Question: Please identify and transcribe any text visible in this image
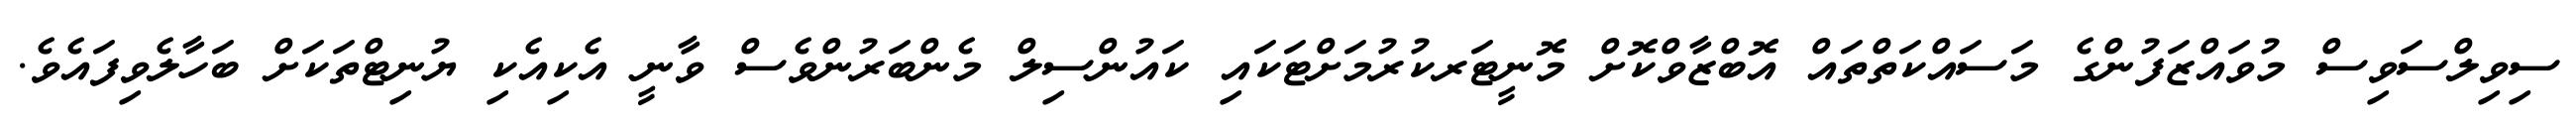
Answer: ސިވިލްސަވިސް މުވައްޒަފުންގެ މަސައްކަތްތައް އޮބްޒާވްކޮށް މޮނީޓަރކުރުމަށްޓަކައި ކައުންސިލް މެންބަރުންވެސް ވާނީ އެކިއެކި ޔުނިޓްތަކަށް ބަހާލެވިފައެވެ.